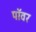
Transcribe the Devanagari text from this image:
पाॅवर